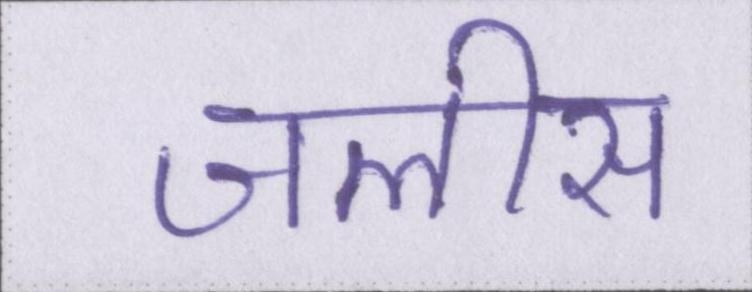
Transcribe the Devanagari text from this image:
जलीस